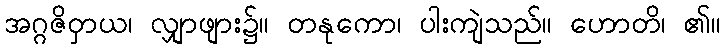
အဂ္ဂဇိဝှာယ၊ လျှာဖျား၌။ တနုကော၊ ပါးကျဲသည်။ ဟောတိ၊ ၏။